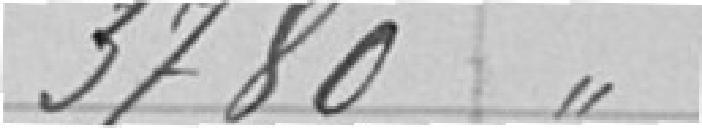
3780